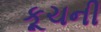
કૂચની